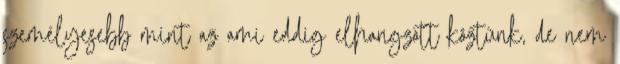
személyesebb mint az ami eddig elhangzott köztünk, de nem